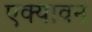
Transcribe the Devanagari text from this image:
एक्यावन